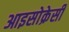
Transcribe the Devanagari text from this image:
आइसोक्रेसी